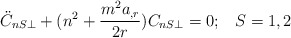
\begin{align*}\ddot{C}_{nS\perp}+(n^2+\frac{m^2 a_{,r}}{2r})C_{nS\perp}=0;\;\;\;S=1,2\end{align*}